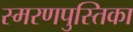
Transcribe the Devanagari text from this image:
स्मरणपुस्तिका